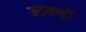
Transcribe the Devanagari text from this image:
आक्ड़ों